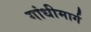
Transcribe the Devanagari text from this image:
गांधीमार्ग